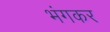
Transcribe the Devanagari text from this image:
भंगकर